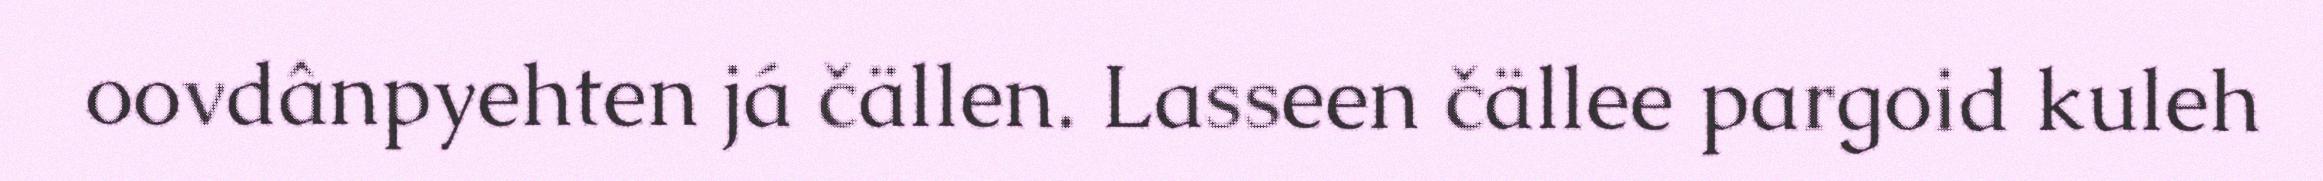
oovdânpyehten já čällen. Lasseen čällee pargoid kuleh